Civil Veterinary Department Bihar & Orissa reports 1911-21 - 1911-1921
Year: 1911
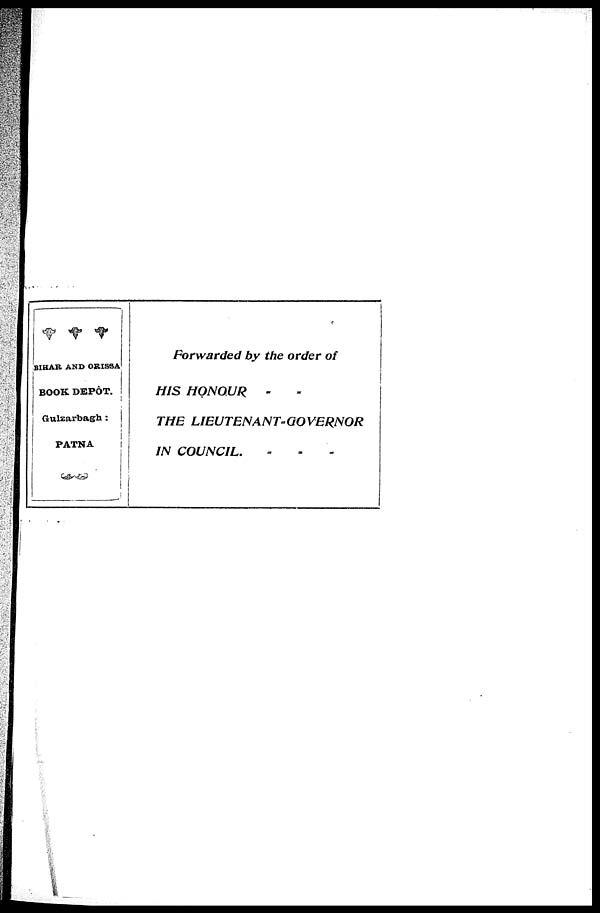
BIHAR AND ORISSA
BOOK DEPÔT.
Gulzarbagh:
PATNA
Forwarded by the order of
HIS HONOUR
THE LIEUTENANT-GOVERNOR
IN COUNCIL.